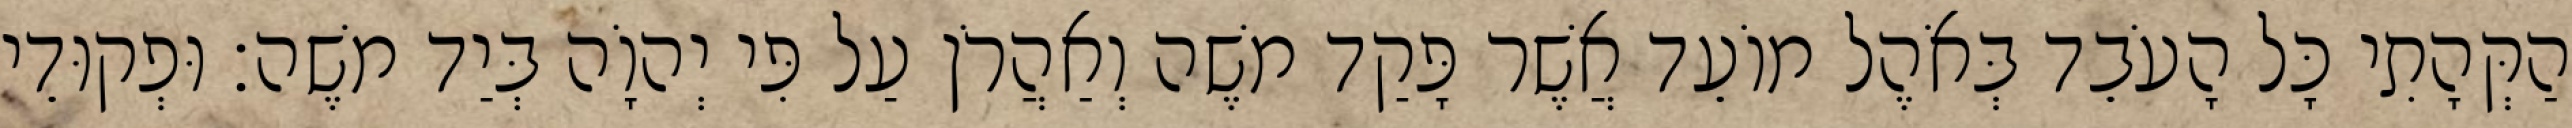
הַקְּהָתִי כָּל הָעֹבֵד בְּאֹהֶל מוֹעֵד אֲשֶׁר פָּקַד משֶׁה וְאַהֲרֹן עַל פִּי יְהוָֹה בְּיַד משֶׁה׃ וּפְקוּדֵי